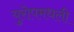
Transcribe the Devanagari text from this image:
युरोपमधली